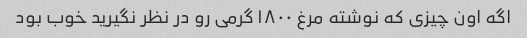
اگه اون چیزی که نوشته مرغ ۱۸۰۰ گرمی رو در نظر نگیرید خوب بود